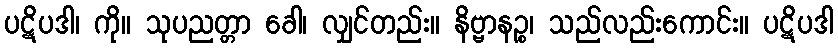
ပဋိပဒါ၊ ကို။ သုပညတ္တာ ခေါ၊ လျှင်တည်း။ နိဗ္ဗာနဉ္စ၊ သည်လည်းကောင်း။ ပဋိပဒါ